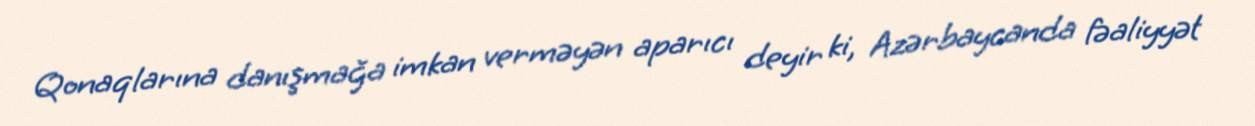
Qonaqlarına danışmağa imkan verməyən aparıcı deyir ki, Azərbaycanda fəaliyyət